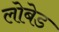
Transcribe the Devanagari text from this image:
लोबेड